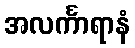
အလင်္ကာရာနံ